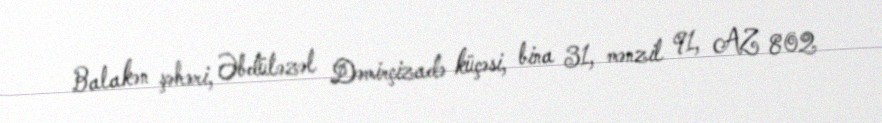
Balakən şəhəri, Əbdüləzəl Dəmirçizadə küçəsi, bina 31, mənzil 91, AZ 802